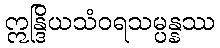
ဣန္ဒြိယသံဝရသမ္ပန္နဿ